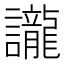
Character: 𮙇